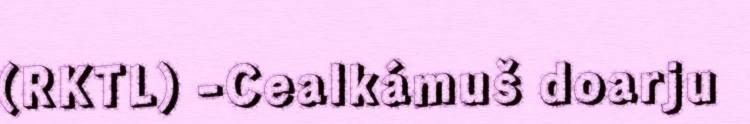
(RKTL) -Cealkámuš doarju